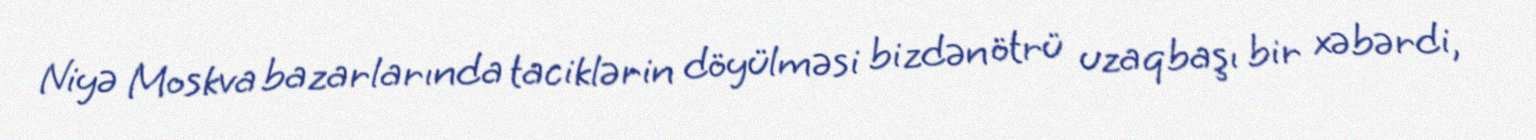
Niyə Moskva bazarlarında taciklərin döyülməsi bizdən ötrü uzaqbaşı bir xəbərdi,